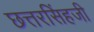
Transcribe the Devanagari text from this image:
छत्तरसिंहजी